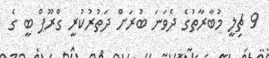
9 ޗިލީ މުބާރާތުގެ ދެވަނަ ބުރަށް ދަތުރުކުރީ ގްރޫޕް ބީ ގެ